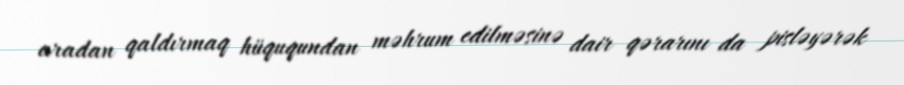
aradan qaldırmaq hüququndan məhrum edilməsinə dair qərarını da pisləyərək